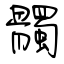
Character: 髑